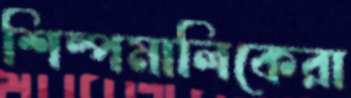
শিল্পমালিকেরা